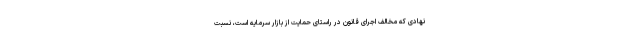
نهادی که مخالف اجرای قانون در راستای حمایت از بازار سرمایه است، نسبت